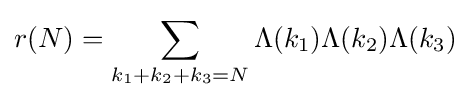
r(N)=\sum _{k_{1}+k_{2}+k_{3}=N}\Lambda (k_{1})\Lambda (k_{2})\Lambda (k_{3})